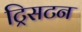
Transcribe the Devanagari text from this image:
ट्रिसटन